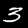
Label: 3